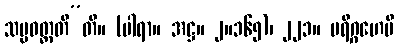
သမ္ပဝတ္တတီ”တိ။ (ပါရာ။ အဋ္ဌ။ ၂။၁၆၅)၊ ၂၂၁။ ပရိဂ္ဂဟေပိ